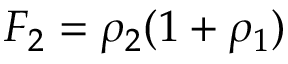
F _ { 2 } = \rho _ { 2 } ( 1 + \rho _ { 1 } )